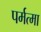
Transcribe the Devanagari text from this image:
पर्मत्मा